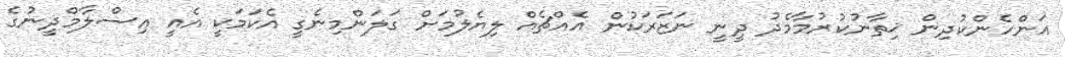
އަންހެންކުދިން ޚިތާނުކުރުމާމެދު ދީނީ ނަޒަރަކުން އެއްޗެއް ލިޔެލުމަށް ގަލަންމިނެގީ އެކަމަކީ އެއީ އިސްލާމްދީނުގެ